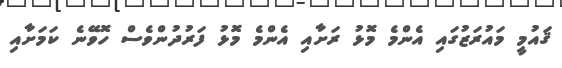
ޤައުމީ މައުރަޒުގައި އެންމެ މޮޅު ރަށާއި އެންމެ މޮޅު ފަރުދުންވެސް ހޮވޭނެ ކަމަށާއި